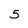
Character: 5